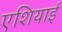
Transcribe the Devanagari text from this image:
एशियाई